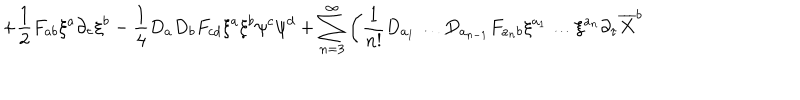
+ \frac { 1 } { 2 } F _ { a b } \xi ^ { a } \partial _ { \tau } \xi ^ { b } - \frac { 1 } { 4 } D _ { a } D _ { b } F _ { c d } \xi ^ { a } \xi ^ { b } \psi ^ { c } \psi ^ { d } + \sum _ { n = 3 } ^ { \infty } \left( \frac { 1 } { n ! } D _ { a _ { 1 } } \ldots D _ { a _ { n - 1 } } F _ { { a _ { n } } b } \xi ^ { a _ { 1 } } \ldots \xi ^ { a _ { n } } \partial _ { \tau } \overline { { { X } } } ^ { b } \right.